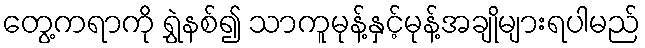
တွေ့ကရာကို ရွှဲနစ်၍ သာကူမုန့်နှင့်မုန့်အချိုများရပါမည်